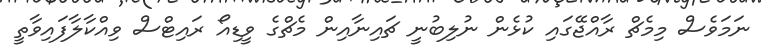
ނަމަވެސް މިމެޗް ރާއްޖޭގައި ކުޅެން ނުލިބުނީ ޗައިނާއިން މެޗްގެ ވީޑިއޯ ރައިޓްސް ވިއްކާލާފައިވާތީ